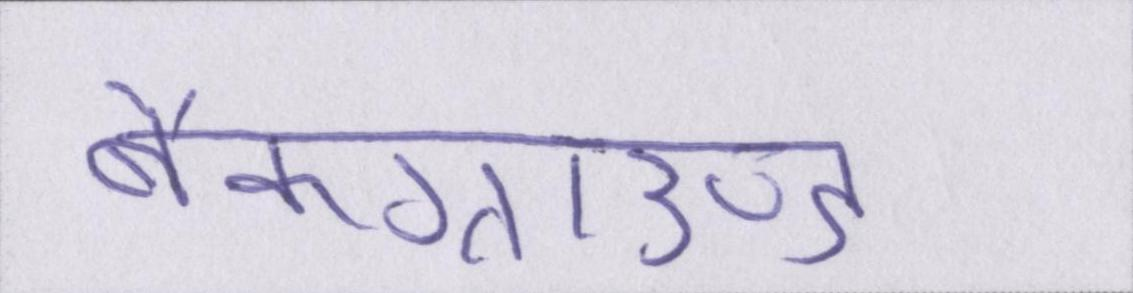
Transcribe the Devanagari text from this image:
बैकग्राउण्ड